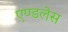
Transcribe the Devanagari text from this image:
एण्डलेस